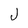
Character: J